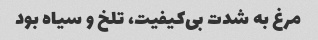
مرغ به شدت بی‌کیفیت، تلخ و سیاه بود